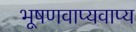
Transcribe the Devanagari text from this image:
भूषणवाप्यवाप्य